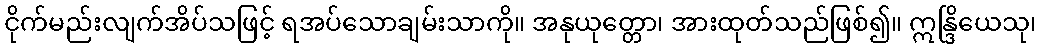
ငိုက်မည်းလျက်အိပ်သဖြင့် ရအပ်သောချမ်းသာကို။ အနုယုတ္တော၊ အားထုတ်သည်ဖြစ်၍။ ဣန္ဒြိယေသု၊